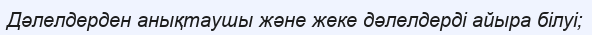
Дәлелдерден анықтаушы және жеке дәлелдерді айыра білуі;